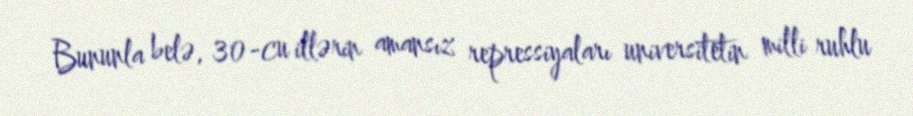
Bununla belə, 30-cu illərin amansız repressiyaları universitetin milli ruhlu